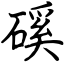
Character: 磎